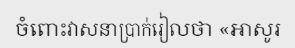
ចំពោះវាសនាប្រាក់រៀលថា «អាសូរ